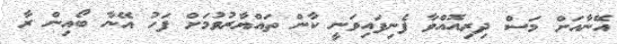
އޭނާއަށް މަސް ދިރިއޮއްވާ ފެނިފައިވަނީ ކާން ތައްޔާރުވުމަށް ފަހު އޭނާ ބޯއިން ރާ